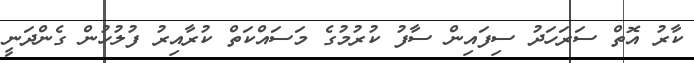
ކާރު އޮތް ސަރަހަދު ސިފައިން ސާފު ކުރުމުގެ މަސައްކަތް ކުރާއިރު ފުލުހުން ގެންދަނީ